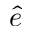
\hat { e }